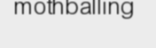
mothballing